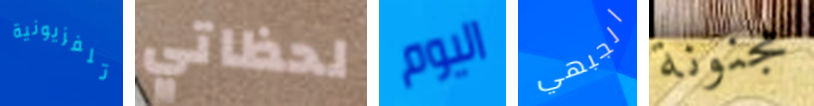
تلفزيونية لحظاتي اليوم الجبهي مجنونة